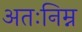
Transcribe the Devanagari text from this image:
अतःनिम्न